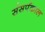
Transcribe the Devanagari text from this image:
संसर्पकाल